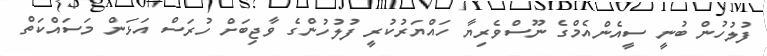
ފުލުހުން ބުނީ ސީއެންއެމްގެ ނޫސްވެރިޔާ ހައްޔަރުކުރީ ފުލުހުންގެ ވާޖިބަށް ހުރަސް އަޅަން މަސައްކަތް